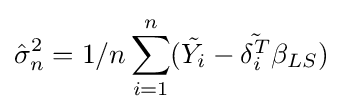
{\hat {\sigma }}_{n}^{2}=1/n\sum _{i=1}^{n}({\tilde {Y_{i}}}-{\tilde {\delta _{i}^{T}}}\beta _{LS})